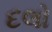
દલો